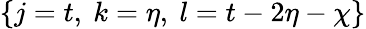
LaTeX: \{ j=t,\ k=\eta,\ l=t-2\eta-\chi\}